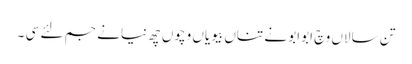
تن سالاں وچ ابوابو نے تناں بیویاں وچوں چھ نیانے جم لئے سی ۔